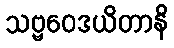
သဗ္ဗဝေဒယိတာနိ